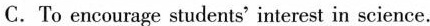
C. To encourage students' interest in science.